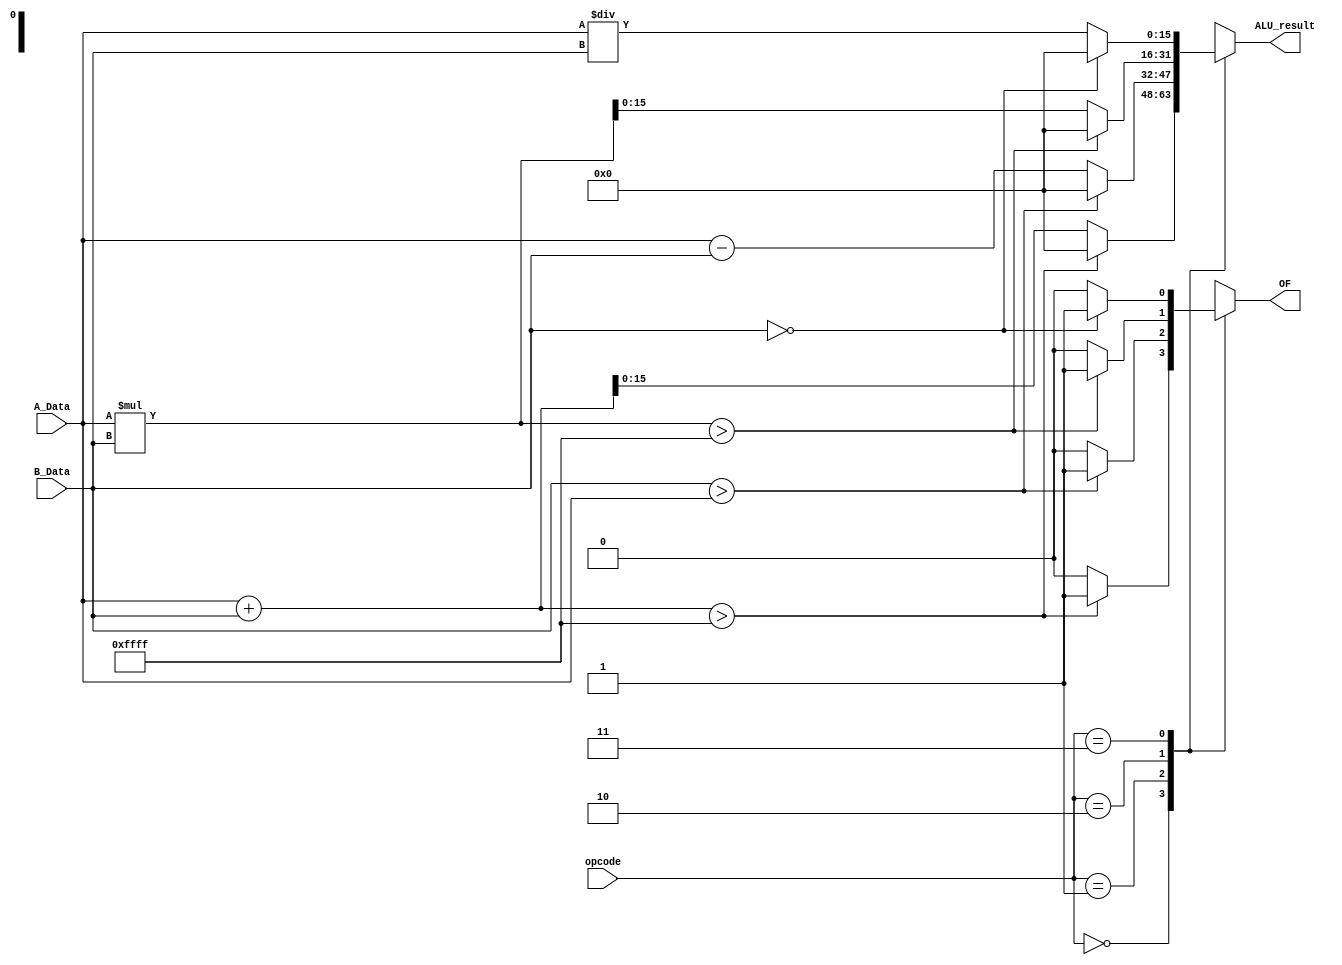
module ALU
(
	input [15:0] A_Data,
	input [15:0] B_Data, 
	input [1:0] opcode,
	
	output reg OF,
	output reg [15:0] ALU_result
);
    
parameter	add = 2'b00,
			sub = 2'b01,
			mul = 2'b10,
			div = 2'b11;

reg [31:0] temp;

initial
begin   
   OF = 1'b0;
   ALU_result = 16'd0;
   temp = 32'd0;
end

always @(*)
begin
OF = 1'b0;
ALU_result = 16'd0;
temp = 32'd0;

	case(opcode)

	add:
	begin
		temp = A_Data + B_Data;
		if(temp > 32'h0000FFFF) 
		begin
			OF = 1'b1;
		end
		else 
		begin
			ALU_result = temp;
		end
	end

	sub:
	begin
		if(B_Data > A_Data) 
		begin
			OF = 1'b1;
		end
		else 
		begin
			ALU_result = A_Data - B_Data;
		end
	end

	mul:
	begin
		temp = A_Data * B_Data;
		if(temp > 32'h0000FFFF) 
		begin
			OF = 1'b1;
		end
		else 
		begin
			ALU_result = temp;
		end
	end

	div:
	begin 
		if(B_Data == 16'd0) 
		begin
			OF = 1'b1;
		end
		else 
		begin
			ALU_result = A_Data / B_Data;
		end
	end

	endcase
end

endmodule